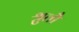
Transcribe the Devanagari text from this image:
श्रुतौ